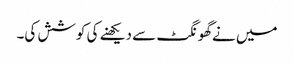
میں نےگھونگٹ سے دیکھنے کی کوشش کی۔